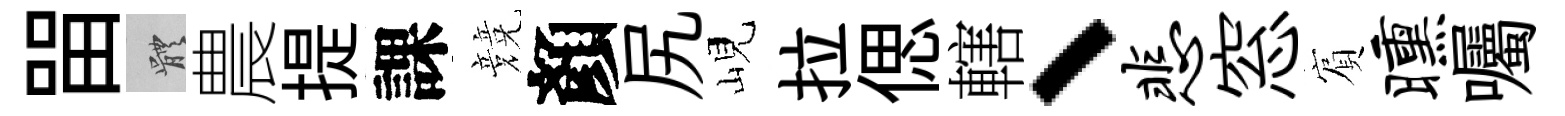
㽞體農提課競顏尻峴拉偲轄、悲窓賔曛囑